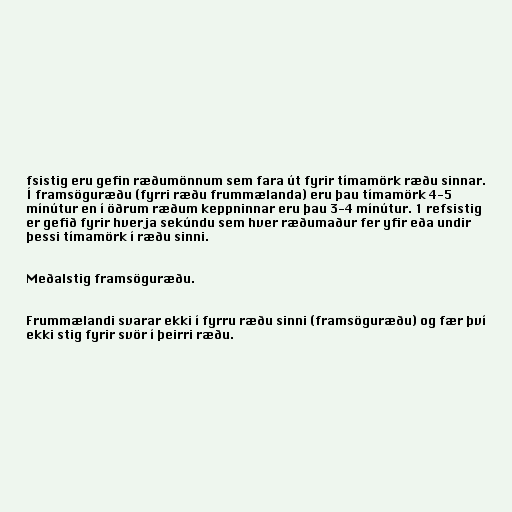
fsistig eru gefin ræðumönnum sem fara út fyrir tímamörk ræðu sinnar.
Í framsöguræðu (fyrri ræðu frummælanda) eru þau tímamörk 4-5
mínútur en í öðrum ræðum keppninnar eru þau 3-4 mínútur. 1 refsistig
er gefið fyrir hverja sekúndu sem hver ræðumaður fer yfir eða undir
þessi tímamörk í ræðu sinni.

Meðalstig framsöguræðu.

Frummælandi svarar ekki í fyrru ræðu sinni (framsöguræðu) og fær því
ekki stig fyrir svör í þeirri ræðu.